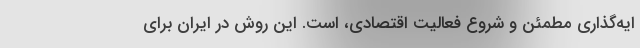
ایه‌گذاری مطمئن و شروع فعالیت اقتصادی، است. این روش در ایران برای